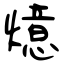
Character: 燱